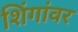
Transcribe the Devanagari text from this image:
शिंगांवर